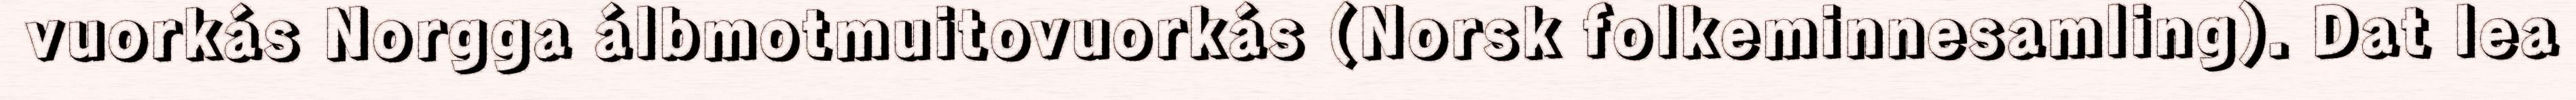
vuorkás Norgga álbmotmuitovuorkás (Norsk folkeminnesamling). Dat lea